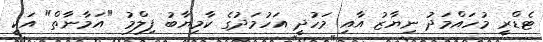
ޓެޑްރީ މުހައްމަދު ނިޔާޒު އާއި މަހުދީ އަހުމަދުގެ ކާމިޔާބު ފިލްމު "އަމާނާތް" އަކީ